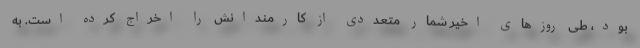
بود، طی روزهای اخیر شمار متعددی از کارمندانش را اخراج کرده است. به